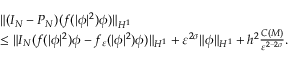
\begin{array} { r l } & { \| ( I _ { N } - P _ { N } ) ( f ( | \phi | ^ { 2 } ) \phi ) \| _ { H ^ { 1 } } } \\ & { \leq \| I _ { N } ( f ( | \phi | ^ { 2 } ) \phi - f _ { \varepsilon } ( | \phi | ^ { 2 } ) \phi ) \| _ { H ^ { 1 } } + \varepsilon ^ { 2 \sigma } \| \phi \| _ { H ^ { 1 } } + h ^ { 2 } \frac { C ( M ) } { \varepsilon ^ { 2 - 2 \sigma } } . } \end{array}